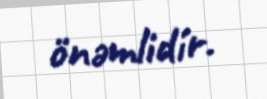
önəmlidir.